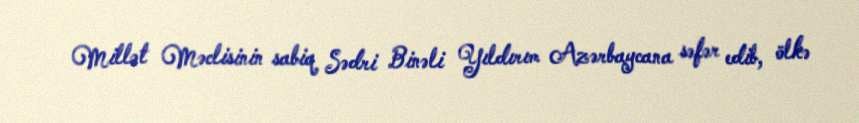
Millət Məclisinin sabiq Sədri Binəli Yıldırım Azərbaycana səfər edib, ölkə